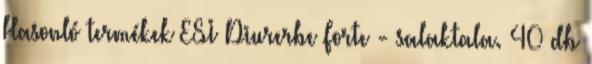
Hasonló termékek ESI Diurerbe Forte - salaktala. 40 db